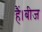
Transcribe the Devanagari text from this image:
हैं।बीज